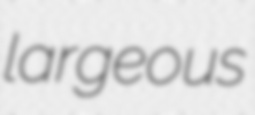
largeous